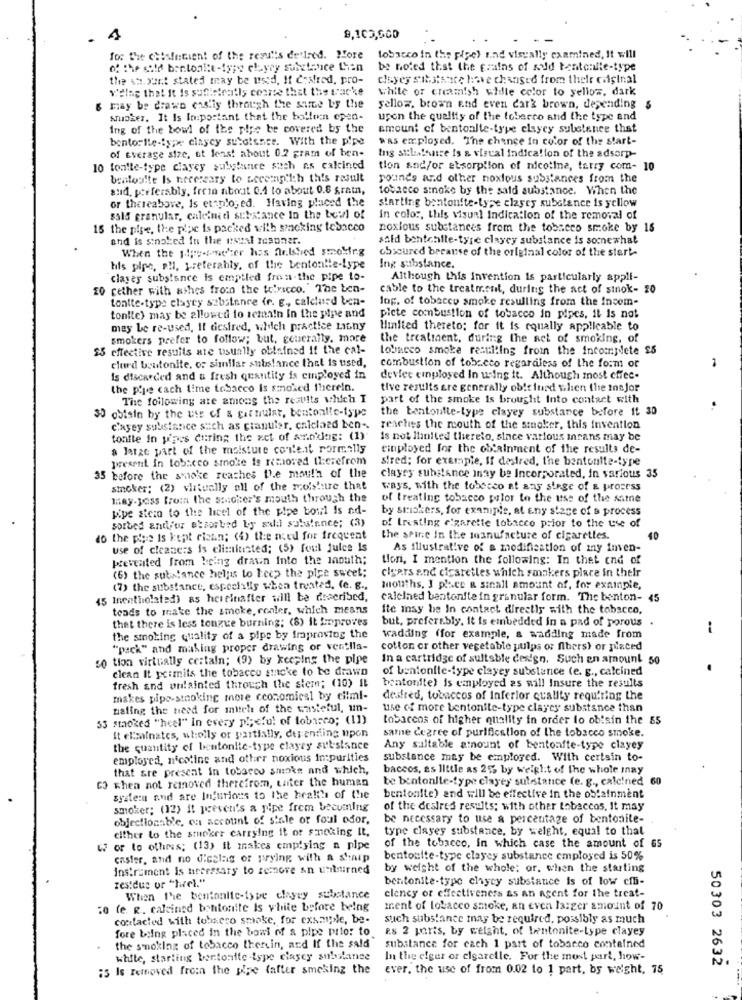
9,105,500
for the chisintient of the results dellred. ? fore
tobacco in the pipe) und visually examined, it will
of the said bentonitt-type elayey substance than
be noted that the grains of sold tentcalle-type
the st. ount stated may be used, If Coxfred, pro-
cloyes sibsts ace have changed from their caipinal
Wielag that it Is sufficiently coarse that the tracke
While of creamish wile color to yellow, dark
may be drawn ens'iy through the same by the
sellow, brown End even dark brown, depending 5
smoker. It Is Important that the bollo:n cpen-
upon the quality of the toberco and the type and
Ing of the bowl of the pige be covered by the
amount of bentoalle-type clayey substance that
bentolte-typw clayey subalence. With the pipe
was employed. The chance in color of the start-
of Everage size, ut lens! about 0.2 gram of ben-
Ing stlateatre is & viscal indication of the adsorp-
10 toutle-type clayey substance such as calcined
tion and/or etsorption of nicotine, terry com- 10
bentoo!te Is necessary to becerafilth this result
pounds and other noxious substances from the
and, preferably, frein about 0.4 to about 0.8 grain,
tobacco smoke by the said substance. When the
or thereabove, Is etanlo, ed. Having placed the
starting bentonfte-type clayey substance is yellow
said granular, caleinedi substance in the beil of
in color, this visual Indication of the removal of
15 the pipe, the piac is packed with smoking tobacco
noxious substances from the tobacco smoke by 18
and is sinoked fu the usual rosoner.
sald bchtehite-tyre clayey substance is somewhat
When the pipe-encher has flekshed smoking
obscured breause of the original color of the start-
his pipe, PH, preferably, of the bentonlie-type
Ing substance.
claves substance is emptied fron-the pipe to-
Although this invention is particularly appli-
20 cether with ashes from the to'ricco. The ben-
cable to the treatment, during the act of sinok- 20
tontte-type elayey substance (r. E ., calchurd ben-
log. of tobacco smoke resulting from the incom-
tonite) may be allowed to remain In the pipe and
picte combustion of tobacco in pipes, it is not
may be re-used, If desired, which practice LIGny
Hinited thereto; for it is equally applicable to
smokers prefer to follow; but, generally. more
the treatment, during the act of smoking, of
25 effective results are usually obtained it the cal-
tobacco smoke resulting from the incomplete $5
clurd bentonite, or similar substance that is used,
combustion of tobacco regardless of the form or
Is discarded and & fresh quantity is employed in
devlet employed In wing it. Although most effec-
the pipe cach time tobacco is smoked therein.
tive results are generally obieined when the inn Jor
The following ate among the results which I
part of the smoke is brought Into contact with
30 obtain by the use of a gitnular, bentonlle-type
the bentonite-type clayey substance before it 30
casey substance such as cianuler, calclaed ben -.
reaches the mouth of the smoker, this invention
tonile in pines during the zet of annidag: (1)
is not llinited thereto, since various irans may be
a Jatze part of the moisture content Formally
cinplayed for the obtainment of the results de-
present in tobacco smoke is removed therefrom
sired; for example, If desired, the bentonite-type
35 before the smoke reaches the mouth of the
clayes substance inay be Incorporated, in various 35
smoker; (2) vhtvelly all of the moisture that
ways, with the tobacco at any stage of & prosess
may.yass from the sacher's mouth through the
of treating tobacco prior to the use of the same
Kipe stein to the lieel of the pipe boul Is ad-
by smokers, for example, at any stage of a process
sorbed andlfor absorbed by salil substance; (3)
of treating cigarette tobacco prior to the use of
do the pies is kept ciean; (4) the need for frequent
the spine In the manufacture of cigarettes.
40
use of cleaners is eliminated; (5) fout julee is
As illustrative of a modification of my inven-
prevented from being drawn Into the Jaouth;
tion, I mention the following: In thet end of
(6) the substance helyis to keep the pipe sweet;
cigars and clearetles which smakers place in their
(7) the substance, espechilis when treated, (e. g .,
mouths, I place & sinall amount of, for example,
15 Inentholsted) as hereinafter will be described,
calelned bentonite in granular form. The benton- 45
toads to make the smoke, conler, which means
Ite may be In contact directly with the tobacco.
thet there is less tongue burning: (8) it toproves
but, preferably. it is embedded in a pad of porous .
-
the smoking quality of a pipe by fraproving the
wadding (for example, a wadding made from
"pack" and making proper drawing or ventila-
cotton or other vegetable pulps or fibers) or placed
so tion virtually certain; (9) by keeping the pipe
In a cartridge of sultable design, Such en amount 50
clean It permits the tobacco sticke to be drawn
of bentonite-type clayey substance (e. g ., calcined
fresh and untainted through the stem; (10) It
bentonite) is employed 25 will Insure the results
makes pipe-stroking mere cconomical by cilml-
desired, tobaccos of Inferior quality requiring the
naling the need for mitel of the tasteful, un-
use of more bentonite-type clayey substance than
33 smacked "heel" In every pipeful of tobacco; (11)
tobaccos of higher quality in order to ob!sin the 55
same degree of purification of the tobacco smoke.
It eliminates, wholly or partially, de ending upon
the quantity of bentonite-type clayey sut-stance
Any sultable amount of bentonfte-type clayey
employed, nicotine and other noxious impurities
substance may be employed. With certain to-
that are present in tobacco smoke and which,
baccos, as little as 25% by weight of the whole inay
CO when not removed therefrom, unter the human
be bentonite-type clayey sulestanice (e. g ., calcined 60
system and are Infurious to the health of the
bentonite) and will be effective in the obtainment
smoker; (12) Il peeveti's a pipe frem becuming
of the desires results; with other tobaccos, It may
objectionable, on account of stale or foul odor,
be necessary to use a percentage of bentonite-
either to the smoker carrying it or sinoking It,
type clayey substance, by weight, equal to that
W or to othres; (13) it makes emptying a pipe
of the tobacco, In which case the amount of es
caster, and no d'calag or prying with a sharp
bentonite-type clayey substance employed is 50%
Instrument Is necessary to remove an unitmirned
by weight of the whole; or, when the starting
residue or "hurel."
bentonite-type chycy substance is of low cf-
When the bentonite-type clayry substance
clency or effectiveness as an agent for the treat-
:o (e. R. caleined benitonite Is white before being
ment of lobacco smoke, an even larger amount of 70
contacted with tobacco smoke, for example, be-
such substance may be required, possibly as much
fore biing placed in the bowl of a pipe prior to.
E.S 2 paris, by weight, of bentonite-type clayey
the smoking of tobacco therein, and If the sald
substance for each 1 part of tobacco contained
white, starting bentonite -type clasey substance
In the elger or elsarelle. For the most part, how-
50303 2632
5 Is removed from the pipe (after smoking the
ever, the use of from 0.02 to 1 part, by weight, 75